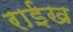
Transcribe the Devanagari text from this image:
राईख